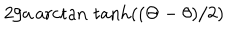
2 / a \operatorname { a r c t a n } \, \tanh ( ( \Theta - \theta ) / 2 )